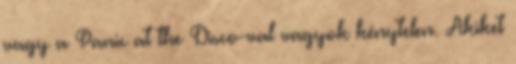
vagy a Panic at the Disco-val vagyok kénytelen. Akiket